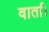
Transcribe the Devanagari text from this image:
वार्ता।